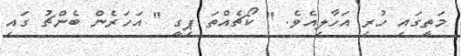
މަތީގައި ހުރި އަހާލިއެވެ. " ކޯޗެއްތަ ޕިގީ " އަހަރެން ބެންޗު ގައި